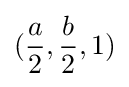
({\frac {a}{2}},{\frac {b}{2}},1)